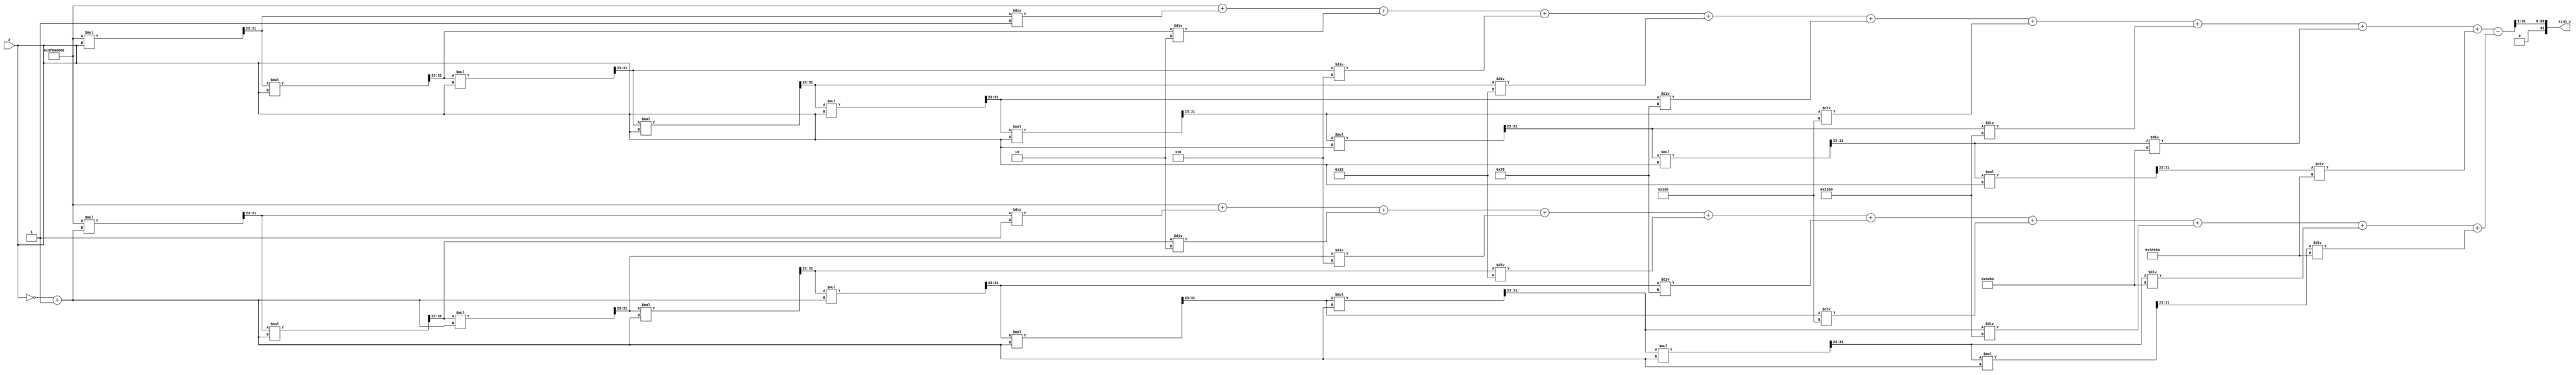
module sinh_block(
    input [31:0] x,         // Input: floating-point (32 bits single-precision)
    output reg [31:0] sinh_x // Output: hyperbolic sine
);

    parameter N = 10; // Number of terms in Taylor Series

    reg [31:0] exp_x;
    reg [31:0] exp_neg_x;
    reg [31:0] exp_x_term;
    reg [31:0] exp_neg_x_term;
    reg [31:0] temp_sum;
    integer i;

    // Function to calculate e^x using Taylor Series Expansion: e^x  1 + x + x^2/2! + x^3/3! + ...
    function [31:0] exp_taylor;
        input [31:0] arg;
        integer n;
        reg [31:0] term;
        reg [31:0] sum;
        begin
            sum = 32'h3F800000; // 1.0 in IEEE 754
            term = 32'h3F800000; // 1.0 in IEEE 754
            for(n = 1; n < N; n = n + 1) begin
                term = (term * arg) >>> 23; // (term * arg) / 2^23 to fit fixed-point
                sum = sum + (term / factorial(n));
            end
            exp_taylor = sum;
        end
    endfunction

    // Function to calculate factorial
    function [31:0] factorial;
        input integer n;
        integer j;
        begin
            factorial = 32'd1;
            for (j = 1; j <= n; j = j + 1) begin
                factorial = factorial * j;
            end
        end
    endfunction

    always @(*) begin
        // Calculate e^x
        exp_x = exp_taylor(x);
        // Calculate e^(-x)
        exp_neg_x = exp_taylor(~x + 1); // Negate x using two's complement

        // Calculate sinh(x) = (e^x - e^(-x)) / 2
        sinh_x = (exp_x - exp_neg_x) >> 1; // Divide by 2
    end

endmodule